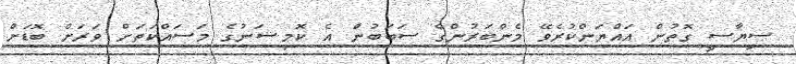
ސިޔާސީ ގޮތުން އައްޔަންކުރެވޭ މެންބަރުންގެ ސަބަބުން އެ ކޮމިޝަނުގެ މަސައްކަތަށް ވަރަށް ބޮޑަށް